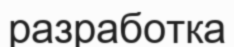
разработка